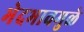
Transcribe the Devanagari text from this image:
भेदभावमुळे